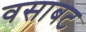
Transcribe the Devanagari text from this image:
वसाबट